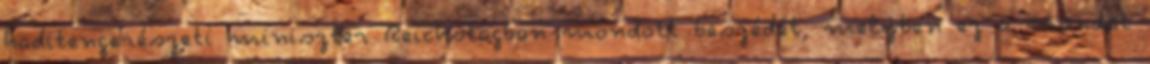
haditengerészeti miniszter Reichstagban mondott beszédét, melyben ez a mondat